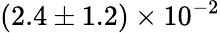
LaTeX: (2.4\pm 1.2)\times 10^{-2}